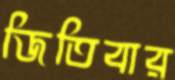
জিতিবার